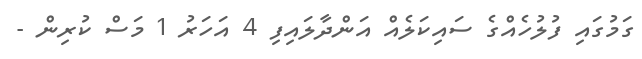
ގަމުގައި ފުލުހެއްގެ ސައިކަލެއް އަންދާލައިފި 4 އަހަރު 1 މަސް ކުރިން -